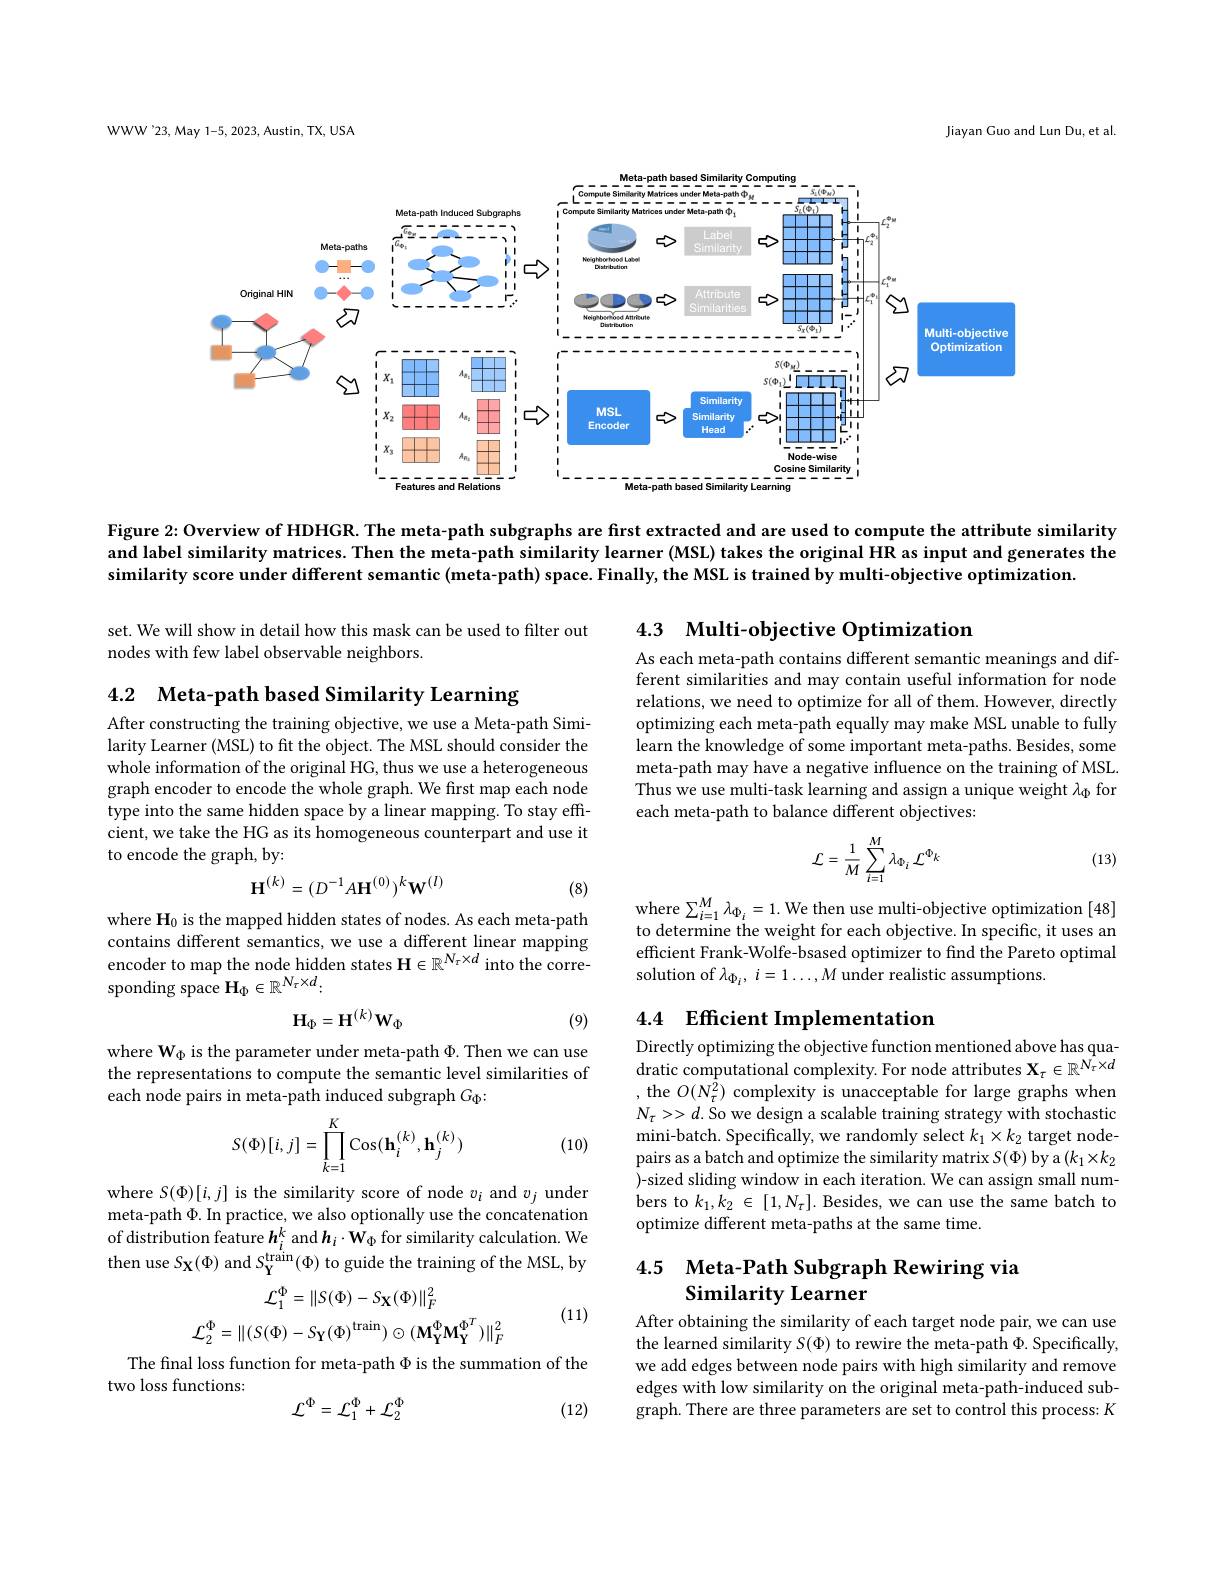
WWW'23, May 1-5, 2023, Austin, TX, USA

Jiayan Guo and Lun Du, et al.

<FigureHere>

Figure 2{:} Overview of HDHGR. The meta-path subgraphs are first extracted and are used to compute the attribute similarity and label similarity matrices. Then the meta-path similarity learner (MSL) takes the original HR as input and generates the similarity score under different semantic (meta-path) space. Finally, the MSL is trained by multi-objective optimization.

### 4.3 Multi-objective Optimization

set. We will show in detail how this mask can be used to filter out
nodes with few label observable neighbors.

4.2 Meta-path based Similarity Learning

As each meta-path contains different semantic meanings and different similarities and may contain useful information for node relations, we need to optimize for all of them. However, directly optimizing each meta-path equally may make MSL unable to fully learn the knowledge of some important meta-paths. Besides, some meta-path may have a negative influence on the training of MSL. Thus we use multi-task learning and assign a unique weight $\lambda_\mathrm{\Phi}$ for each meta-path to balance different objectives:

After constructing the training objective, we use a Meta-path Similarity Learner (MSL) to fit the object. The MSL should consider the whole information of the original HG, thus we use a heterogeneous graph encoder to encode the whole graph. We first map each node type into the same hidden space by a linear mapping. To stay effcient, we take the HG as its homogeneous counterpart and use it to encode the graph, by:
$$\mathcal{L}=\frac{1}{M}\sum_{i=1}^{M}\lambda_{\Phi_{i}}\mathcal{L}^{\Phi_{k}}$$
(13)
$$\mathbf{H}^{(k)}=(D^{-1}A\mathbf{H}^{(0)})^{k}\mathbf{W}^{(l)}$$
(8)

where $\sum_i=1^{M}\lambda_{\Phi_{i}}=1.$ We then use multi-objective optimization [48] to determine the weight for each objective. In specific, it uses an efficient Frank-Wolfe-bsased optimizer to find the Pareto optimal solution of $\lambda_{\Phi_i}$, $i=1\ldots,M$ under realistic assumptions.

where H$_0$ is the mapped hidden states of nodes. As each meta-path contains different semantics, we use a different linear mapping encoder to map the node hidden states $\mathbf{H}\in\mathbb{R}^{N_\tau\times d}$ into the corresponding space $\mathbf{H}_\Phi\in\mathbb{R}^{N_\tau\times d}:$
$$\mathbf{H}_{\Phi}=\mathbf{H}^{(k)}\mathbf{W}_{\Phi}$$
## 4.4 Efficient Implementation

(9)

where W$_\mathrm{\Phi}$ is the parameter under meta-path $\Phi.$ Then we can use the representations to compute the semantic level similarities of each node pairs in meta-path induced subgraph $G_\mathrm{\Phi}:$

Directly optimizing the objective function mentioned above has quadratic computational complexity. For node attributes $\mathbf{X}_\tau\in\mathbb{R}^{N_\tau\times d}$ , the $O(N_{\tau}^{\dot{2}})$ complexity is unacceptable for large graphs when $N_{\tau}>>d.$ So we design a scalable training strategy with stochastic mini-batch. Specifically, we randomly select $k_1\times k_2$ target nodepairs as a batch and optimize the similarity matrix $S(\Phi)$ by a $(k_1\times k_2$ )-sized sliding window in each iteration. We can assign small numbers to $k_1,k_2\in[1,N_{\tau}].$ Besides, we can use the same batch to optimize different meta-paths at the same time.
$$S(\Phi)[i,j]=\prod\limits_{k=1}^K\cos(\mathbf{h}_i^{(k)},\mathbf{h}_j^{(k)})$$
(10)

where $S(\Phi)[i,j]$ is the similarity score of node $v_i$ and $v_j$ under meta-path $\Phi.$ In practice, we also optionally use the concatenation of distribution feature $\boldsymbol h_i^k$ and $\boldsymbol h_i\cdot\mathbf{W}_\Phi$ for similarity calculation. We then use $S_\mathbf{X}(\Phi)$ and $S_\mathbf{Y}^\mathrm{train}(\Phi)$ to guide the training of the MSL, by

## 4.5 Meta-Path Subgraph Rewiring via Similarity Learner
$$\mathcal{L}_{1}^{\Phi}=\|S(\Phi)-S_{\mathbf{X}}(\Phi)\|_{F}^{2}\\\mathcal{L}_{2}^{\Phi}=\|(S(\Phi)-S_{\mathbf{Y}}(\Phi)^{\mathrm{train}})\odot(\mathbf{M_{Y}^{\Phi}M_{Y}^{\Phi^{T}}})\|_{F}^{2}$$
(11)

After obtaining the similarity of each target node pair, we can use the learned similarity $S(\Phi)$ to rewire the meta-path $\Phi.$ Specifically, we add edges between node pairs with high similarity and remove edges with low similarity on the original meta-path-induced subgraph. There are three parameters are set to control this process: K

The final loss function for meta-path $\Phi$ is the summation of the
two loss functions:
$$\mathcal{L}^{\Phi}=\mathcal{L}_{1}^{\Phi}+\mathcal{L}_{2}^{\Phi}$$
(12)